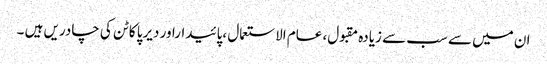
ان میں سے سب سے زیادہ مقبول، عام الاستعمال ،پائیداراور دیرپا کاٹن کی چادریں ہیں ۔